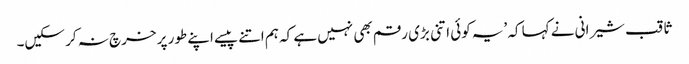
ثاقب شیرانی نے کہا کہ ’یہ کوئی اتنی بڑی رقم بھی نہیں ہے کہ ہم اتنے پیسے اپنے طور پر خرچ نہ کر سکیں۔